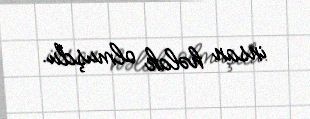
insan həlak olmuşdu.